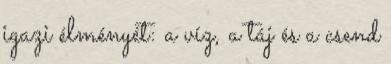
igazi élményét: a víz, a táj és a csend